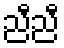
ညီညီ